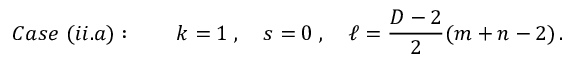
C a s e \ ( i i . a ) : \qquad k = 1 \; , \quad s = 0 \; , \quad \ell = \frac { D - 2 } { 2 } ( m + n - 2 ) \, .